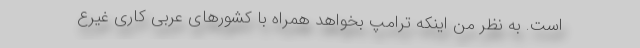
است. به نظر من اینکه ترامپ بخواهد همراه با کشورهای عربی کاری غیرع